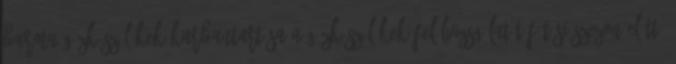
Burma Gázkészülékek karbantartása A gázkészülékek felülvizsgálatát fűtési szezon előtt,